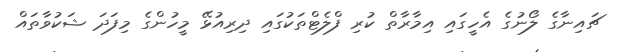
ޗައިނާގެ ލޯނުގެ އެހީގައި އިމާރާތް ކުރި ފްލެޓްތަކުގައި ދިރިއުޅޭ މީހުންގެ މިފަދަ ޝަކުވާތައް